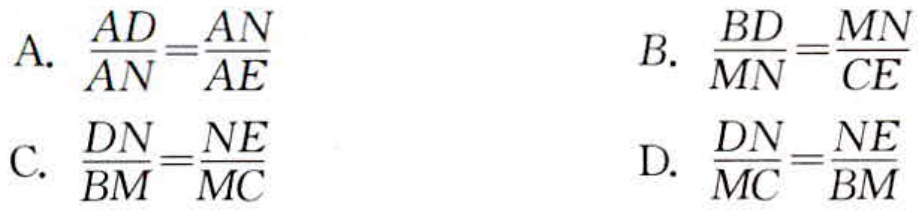
A. $\frac{AD}{AN}=\frac{AN}{AE}$
B. $\frac{BD}{MN}=\frac{MN}{CE}$
C. $\frac{DN}{BM}=\frac{NE}{MC}$
D. $\frac{DN}{MC}=\frac{NE}{BM}$